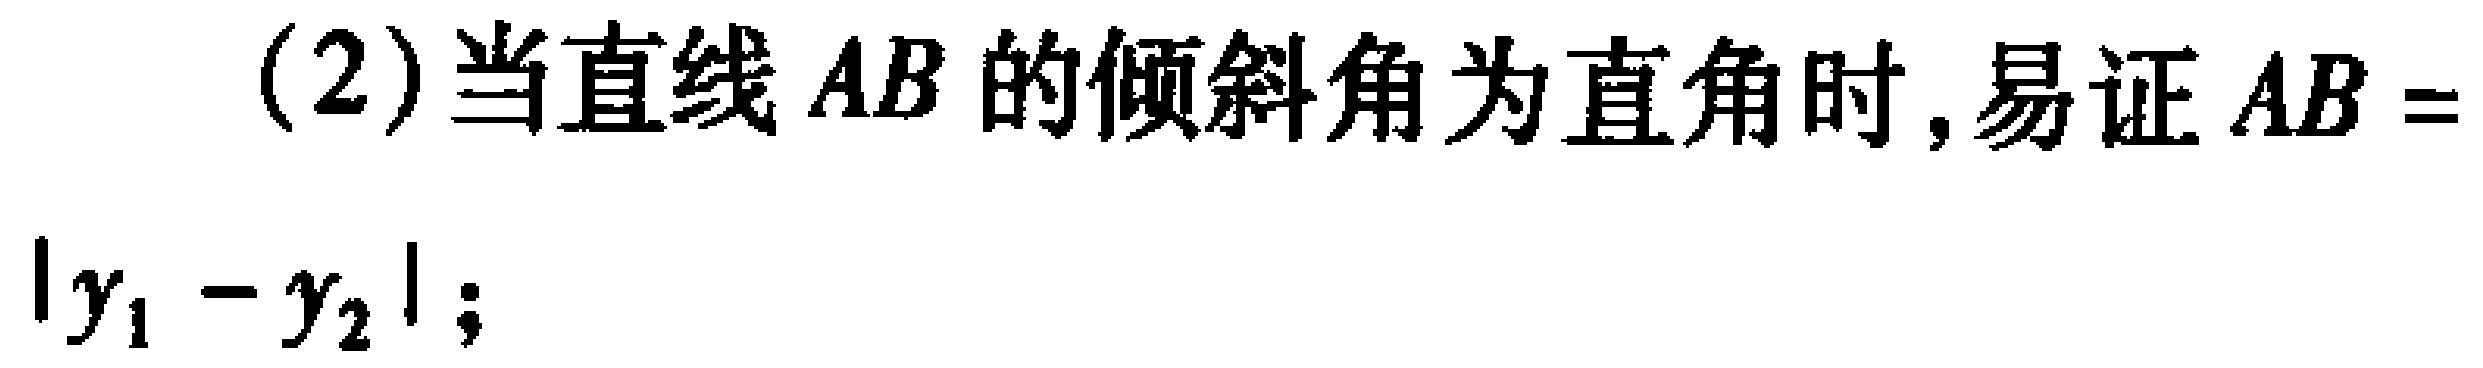
(2)当直线 \(AB\) 的倾斜角为直角时, 易证 \(AB = |y_{1}-y_{2}|\);